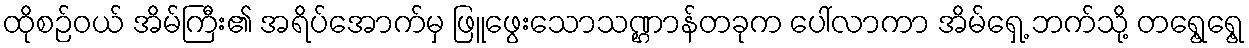
ထိုစဉ်ဝယ် အိမ်ကြီး၏ အရိပ်အောက်မှ ဖြူဖွေးသောသဏ္ဌာန်တခုက ပေါ်လာကာ အိမ်ရှေ့ ဘက်သို့ တရွေ့ရွေ့